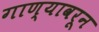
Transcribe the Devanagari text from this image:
गाण्यावरून